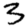
Digit: 3